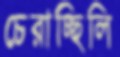
চেরাচ্ছিলি